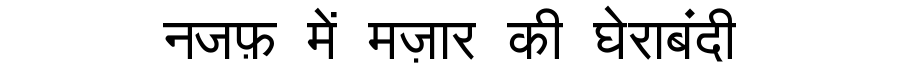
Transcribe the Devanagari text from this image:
नजफ़ में मज़ार की घेराबंदी